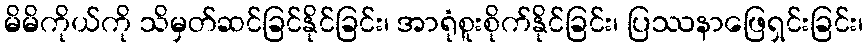
မိမိကိုယ်ကို သိမှတ်ဆင်ခြင်နိုင်ခြင်း၊ အာရုံစူးစိုက်နိုင်ခြင်း၊ ပြဿနာဖြေရှင်းခြင်း၊